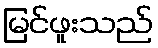
မြင်ဖူးသည်